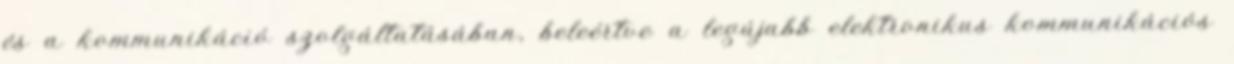
és a kommunikáció szolgáltatásában, beleértve a legújabb elektronikus kommunikációs